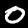
Label: 0